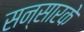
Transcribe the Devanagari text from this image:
सन्सारके